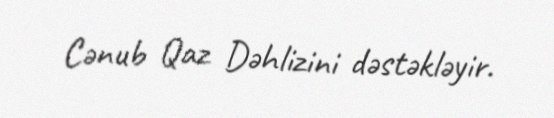
Cənub Qaz Dəhlizini dəstəkləyir.